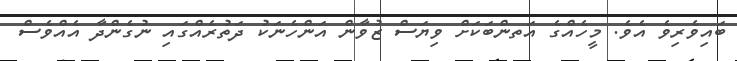
ބައިވެރިވެ އެވެ. މީހެއްގެ އަތންބަކަށް ވިޔަސް ޒުވާން އަންހެނަކު ދަތުރެއްގައި ނުގެންދާ އެއްވެސް